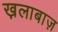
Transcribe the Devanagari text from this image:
ख़लाबाज़